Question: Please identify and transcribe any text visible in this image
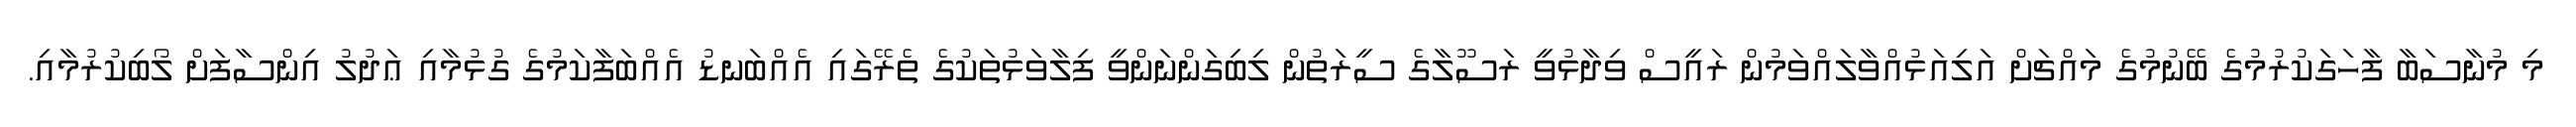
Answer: މި މުނާސަބާ ފާހަގަކުރުމުގެ ބޭނުމުގެ މައްޗަށް އަލިއަޅުއްވާލައްވަމުން ރައީސް ވިދާޅުވީ ރަސޫލާގެ ސީރަތުން ލިބިގަންނަންވީ ފިލާވަޅުތަކުގެ ތެރޭގައި އެއްބަނޑު އެއްބަފާކަމުގެ ގުޅުމާއި ޢަދުލު އިންސާފަށް ލޯބިކުރުމާއި.